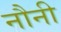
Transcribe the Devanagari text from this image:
नौनी